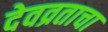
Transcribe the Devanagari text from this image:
देवव्रताचा